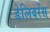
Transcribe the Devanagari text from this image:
डेलिवरेंस